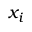
x _ { i }